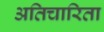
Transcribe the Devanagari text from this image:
अतिचारिता